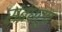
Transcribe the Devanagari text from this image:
संबंधरूप